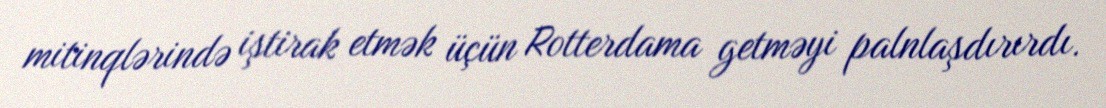
mitinqlərində iştirak etmək üçün Rotterdama getməyi palnlaşdırırdı.